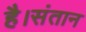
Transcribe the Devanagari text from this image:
है।संतान